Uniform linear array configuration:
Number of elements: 16
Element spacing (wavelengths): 0.75
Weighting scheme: binomial
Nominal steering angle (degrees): -45
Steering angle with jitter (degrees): -46.542
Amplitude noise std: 0.05
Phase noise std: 0.05

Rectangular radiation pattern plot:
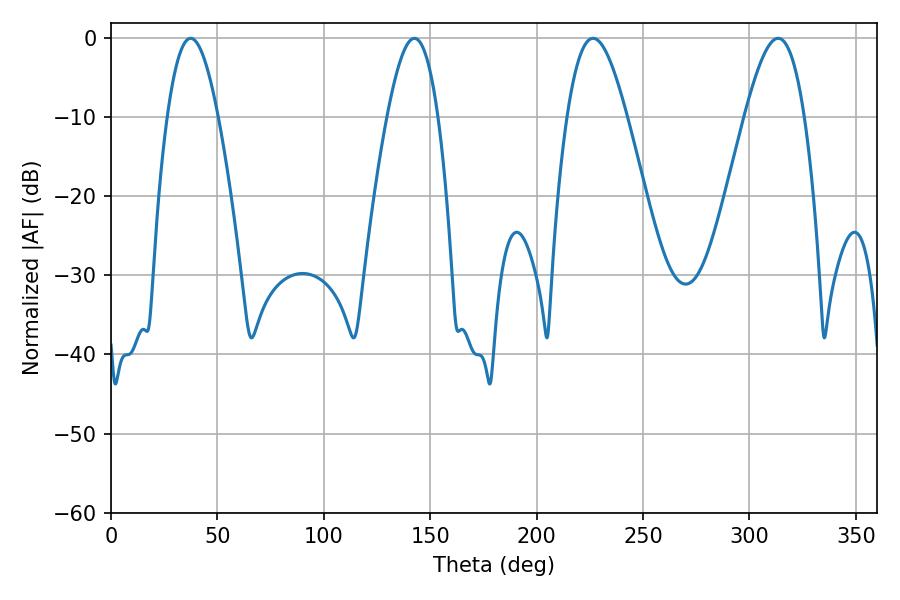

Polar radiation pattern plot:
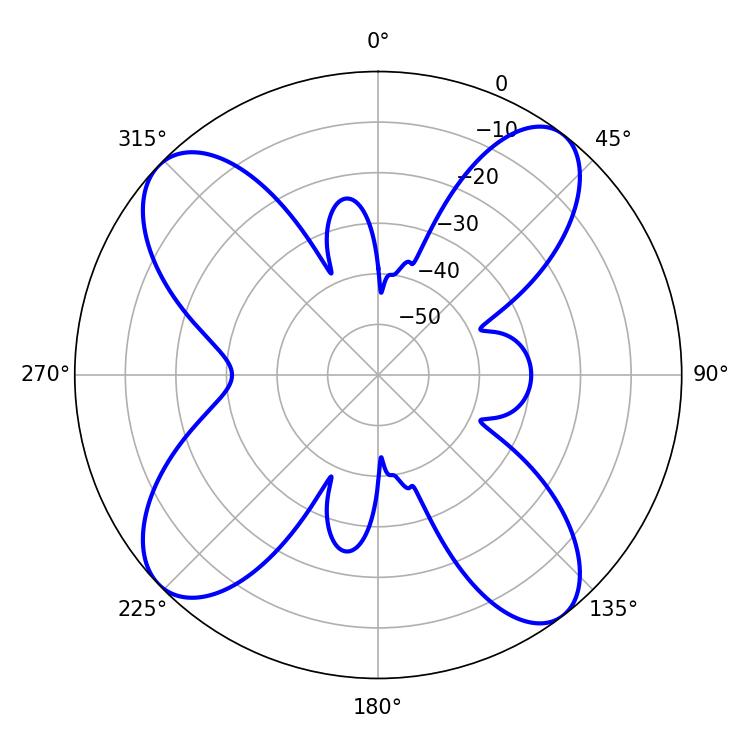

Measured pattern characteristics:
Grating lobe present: TRUE
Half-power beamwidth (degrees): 13.14
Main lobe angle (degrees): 37.44